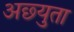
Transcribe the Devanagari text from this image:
अछ्युता